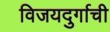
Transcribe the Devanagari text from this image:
विजयदुर्गाची